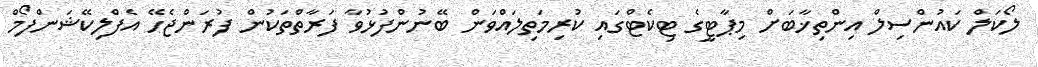
ލޯކަލް ކައުންސިލް އިންތިޚާބަށް މިޕާޓީގެ ޓިކެޓްގައި ކުރިމަތިލައްވަން ބޭނުންފުޅުވާ ފަރާތްތަކުން ފުރަންޖެހޭ އެފްލިކޭޝަންފޯމް